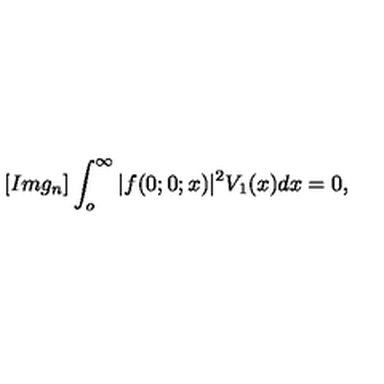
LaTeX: [ I m g _ { n } ] \int _ { o } ^ { \infty } | f ( 0 ; 0 ; x ) | ^ { 2 } V _ { 1 } ( x ) d x = 0 ,